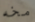
مخه